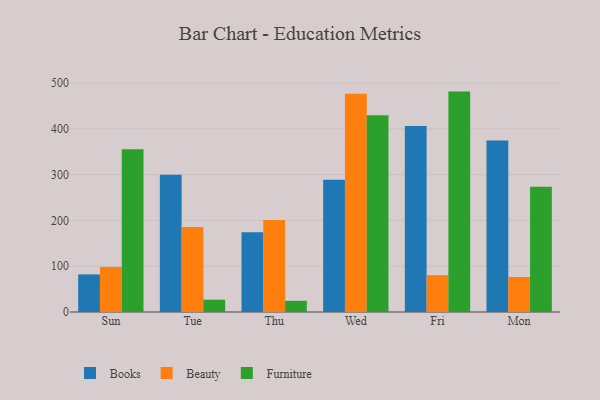
{"axis": {"x": "Day", "y": "Net Income (USD K)"}, "legend": ["Beauty", "Books", "Furniture"], "data": [{"x": "Sun", "y": 82.1, "type": "Books"}, {"x": "Sun", "y": 98.5, "type": "Beauty"}, {"x": "Sun", "y": 355.6, "type": "Furniture"}, {"x": "Tue", "y": 299.9, "type": "Books"}, {"x": "Tue", "y": 185.9, "type": "Beauty"}, {"x": "Tue", "y": 26.9, "type": "Furniture"}, {"x": "Thu", "y": 174.2, "type": "Books"}, {"x": "Thu", "y": 200.8, "type": "Beauty"}, {"x": "Thu", "y": 24.5, "type": "Furniture"}, {"x": "Wed", "y": 288.7, "type": "Books"}, {"x": "Wed", "y": 476.6, "type": "Beauty"}, {"x": "Wed", "y": 429.5, "type": "Furniture"}, {"x": "Fri", "y": 406.4, "type": "Books"}, {"x": "Fri", "y": 80.5, "type": "Beauty"}, {"x": "Fri", "y": 481.4, "type": "Furniture"}, {"x": "Mon", "y": 374.7, "type": "Books"}, {"x": "Mon", "y": 76.4, "type": "Beauty"}, {"x": "Mon", "y": 273.6, "type": "Furniture"}]}